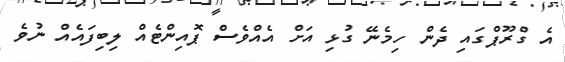
އެ ގްރޫޕްގައި ދެން ހިމެނޭ ގުޅި އަށް އެއްވެސް ޕޮއިންޓެއް ލިބިފައެއް ނުވެ